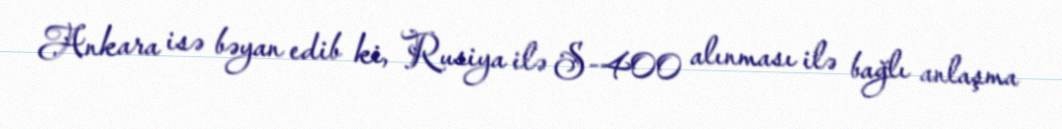
Ankara isə bəyan edib ki, Rusiya ilə S-400 alınması ilə bağlı anlaşma